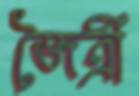
জৈত্রী